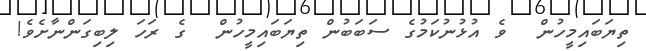
ތިޔަބައިމީހުން  ވެ އުޅުނުކަމުގެ ސަބަބުން ތިޔަބައިމީހުން  ގެ ރަހަ ލިބިގަންނާށެވެ!